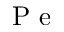
\textrm { P e }